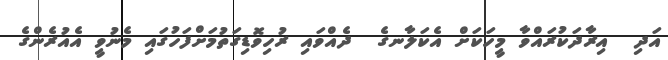
އަދި  އިރާދަކުރައްވާ މީހަކަށް އެކަލާނގެ  ދެއްވައި ރުހިވޮޑިގަތުމަށްފަހުގައި މެނުވީ އެއުރެންގެ